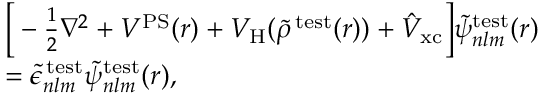
\begin{array} { r l } & { \bigg [ - \frac { 1 } { 2 } \nabla ^ { 2 } + V ^ { \mathrm { P S } } ( \boldsymbol { r } ) + V _ { \mathrm { H } } ( \widetilde { \rho } ^ { \mathrm { \, t e s t } } ( \boldsymbol { r } ) ) + \hat { V } _ { \mathrm { x c } } \bigg ] \widetilde { \psi } _ { n l m } ^ { \mathrm { t e s t } } ( \boldsymbol { r } ) } \\ & { = \widetilde { \epsilon } _ { n l m } ^ { \mathrm { \, t e s t } } \widetilde { \psi } _ { n l m } ^ { \mathrm { t e s t } } ( \boldsymbol { r } ) , } \end{array}